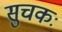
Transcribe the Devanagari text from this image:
सुचकः